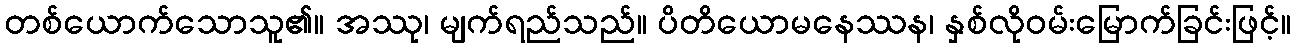
တစ်ယောက်သောသူ၏။ အဿု၊ မျက်ရည်သည်။ ပိတိယောမနေဿန၊ နှစ်လိုဝမ်းမြောက်ခြင်းဖြင့်။